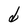
Character: d